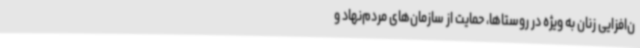
ن‌افزایی زنان به ویژه در روستاها، حمایت از سازمان‌های مردم‌نهاد و